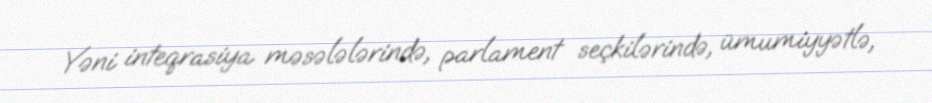
Yəni inteqrasiya məsələlərində, parlament seçkilərində, ümumiyyətlə,